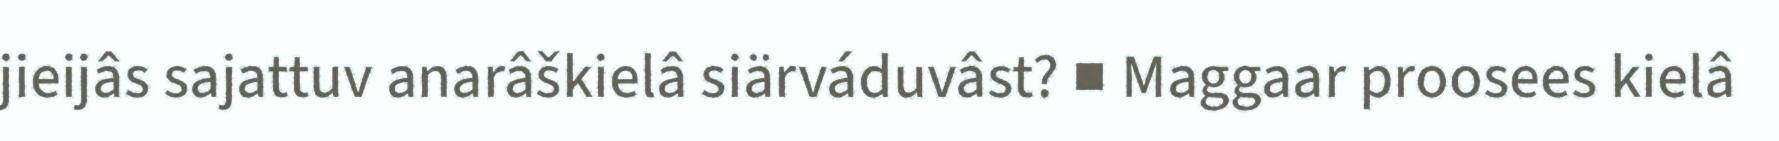
jieijâs sajattuv anarâškielâ siärváduvâst? ■ Maggaar proosees kielâ